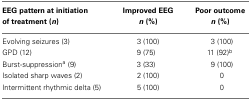
<table><thead><tr><td><b>EEG pattern at initiation of treatment (<i>n</i>)</b></td><td><b>Improved EEG <i>n</i> (%)</b></td><td><b>Poor outcome <i>n</i> (%)</b></td></tr></thead><tbody><tr><td>Evolving seizures (3)</td><td>3 (100)</td><td>3 (100)</td></tr><tr><td>GPD (12)</td><td>9 (75)</td><td>11 (92)<sup>b</sup></td></tr><tr><td>Burst-suppression<sup>a</sup> (9)</td><td>3 (33)</td><td>9 (100)</td></tr><tr><td>Isolated sharp waves (2)</td><td>2 (100)</td><td>0</td></tr><tr><td>Intermittent rhythmic delta (5)</td><td>5 (100)</td><td>0</td></tr></tbody></table>